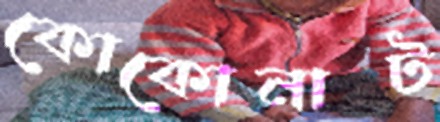
কোকোনাট